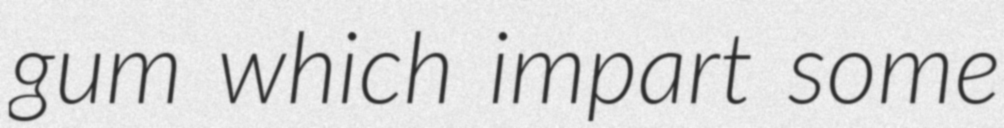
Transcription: gum which impart some